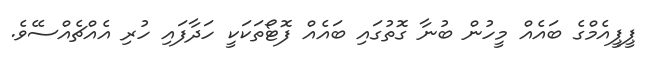
ޕީޕީއެމްގެ ބައެއް މީހުން ބުނާ ގޮތުގައި ބައެއް ފޮޓޯތަކަކީ ހަދާފައި ހުރި އެއްޗެއްސެެވެ.